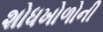
શોધખોળોની